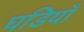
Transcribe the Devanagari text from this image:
घडियाँ